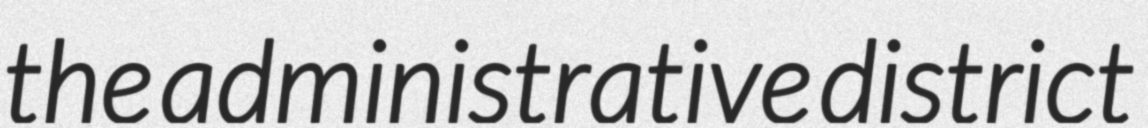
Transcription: the administrative district